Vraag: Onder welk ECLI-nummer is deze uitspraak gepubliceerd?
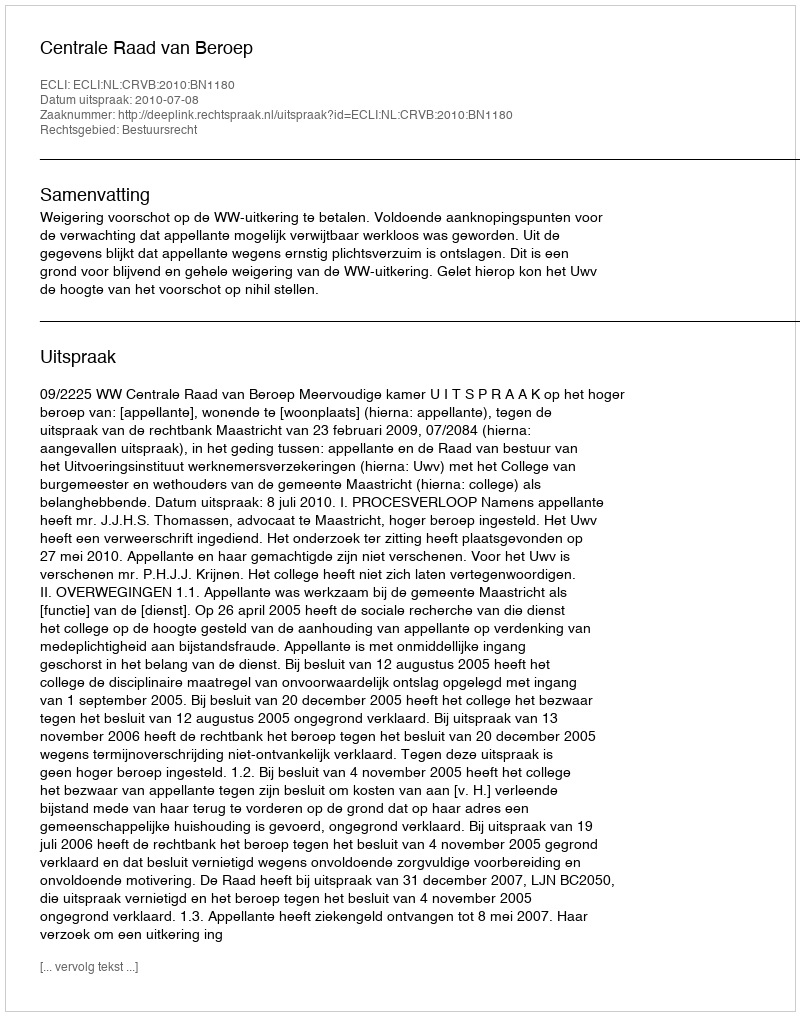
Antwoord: ECLI:NL:CRVB:2010:BN1180